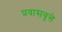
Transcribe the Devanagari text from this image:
प्रवासवृत्ते